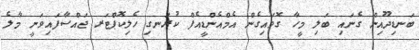
ބަނޑިދޫއިން ގެނައި ބަލި މީހާ ގޮވައިގެން އެމްއެންޑީއެފް ކުރަނގި ހެލިކޮޕްޓަރ ޖައްސާފައިވަނީ މާލެ